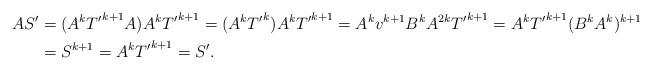
LaTeX: \begin{align*}AS'&=(A^k {T'}^{k+1} A) A^k {T'}^{k+1}=(A^k {T'}^k)A^k {T'}^{k+1}=A^k v^{k+1}B^k A^{2 k} {T'}^{k+1}=A^k {T'}^{k+1}(B^k A^k)^{k+1}\\&= S^{k+1}=A^k {T'}^{k+1}=S'.\end{align*}